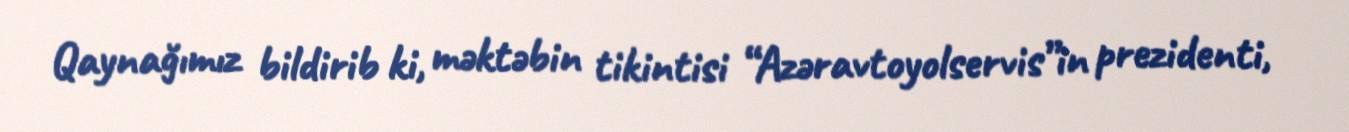
Qaynağımız bildirib ki, məktəbin tikintisi “Azəravtoyolservis”in prezidenti,